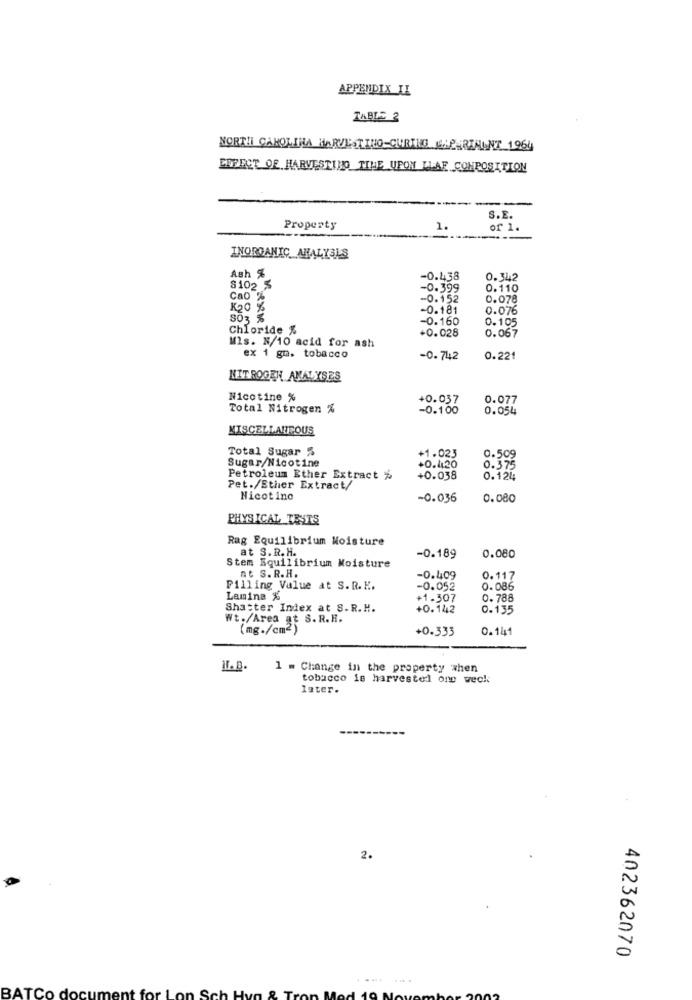
APPENDIX IL
TABLE 2
NORTH CAROLINA HARVESTING CURING MALARIMINT 1964
PEFECT OF HARVESTING TIHE UPON LLAE CONPOSITION
------
S.E.
Property
1.
of 1.
INORGANIC ANALYSIS
Ash %
-0.438
0.342
S102 %
-0.399
0.110
Cao %
-0.152
0.078
K20 %
-0.181
0.076
303 %
-0.160
0.105
Chloride %
+0.028
0.067
Mis. N/10 acid for ash
ex 1 gm. tobacco
-0.742
0.221
NITROGEN ANALYSES
Nicotine %
+0.037
0.077
Total Nitrogen %
-0.100
0.054
MISCELLANEOUS
Total Sugar %
Sugar/Nicotine
+1.023
0.509
+0.420
0.375
Petroleum Ether Extract %
+0.038
0.124
Pet./Ether Extract/
Nicotine
-0.036
0.080
PHYSICAL TESTS
Rag Equilibrium Moisture
at S.R.H.
-0.189
0.080
Stem Equilibrium Moisture
nt S.R.H.
-0.409
0.117
Pilling Value at S.R.E.
-0.052
0.086
Lamina %
+1.307
0.788
Shatter Index at S.R.H.
+0.142
0.135
Wt./Area at S.R.H.
(mg./cm2)
+0.333
0.14
I.B.
1 = Change in the property when
tobacco is harvestel one wech
later.
2.
402362070
BATCO